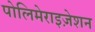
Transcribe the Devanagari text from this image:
पोलिमेराइज़ेशन